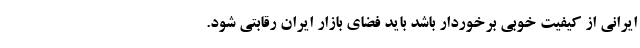
ایرانی از کیفیت خوبی برخوردار باشد باید فضای بازار ایران رقابتی شود.